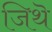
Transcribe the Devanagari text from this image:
जिथॆ